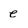
Character: e